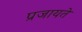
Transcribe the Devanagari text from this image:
प्रजायते